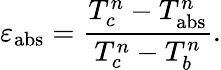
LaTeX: \varepsilon_{\mathrm{abs}}=\frac{T_{c}^{n}-T_{\mathrm{abs}}^{n}}{T_{c}^{n}-T_{b}^{n}}.